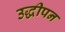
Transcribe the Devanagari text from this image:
उद्धीपन